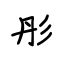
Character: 彤